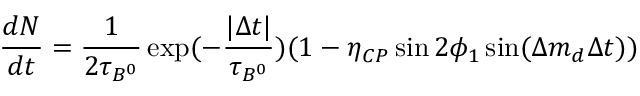
\frac { d N } { d t } = \frac { 1 } { 2 \tau _ { B ^ { 0 } } } \exp ( - \frac { | \Delta t | } { \tau _ { B ^ { 0 } } } ) ( 1 - \eta _ { C P } \sin 2 \phi _ { 1 } \sin ( \Delta m _ { d } \Delta t ) )